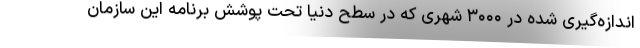
اندازه‌گیری شده در ۳۰۰۰ شهری که در سطح دنیا تحت پوشش برنامه این سازمان